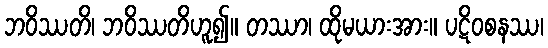
ဘဝိဿတိ၊ ဘဝိဿတိဟူ၍။ တဿာ၊ ထိုမယားအား။ ပဋိဝစနဿ၊